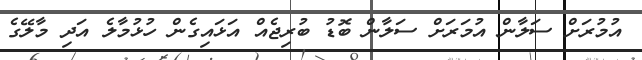
އުމުރަށް ސަލާން އުމަރަށް ސަލާން ބޮޑު ބުރިޖެއް އަޅައިގެން ހުޅުމާލެ އަދި މާލޭގެ